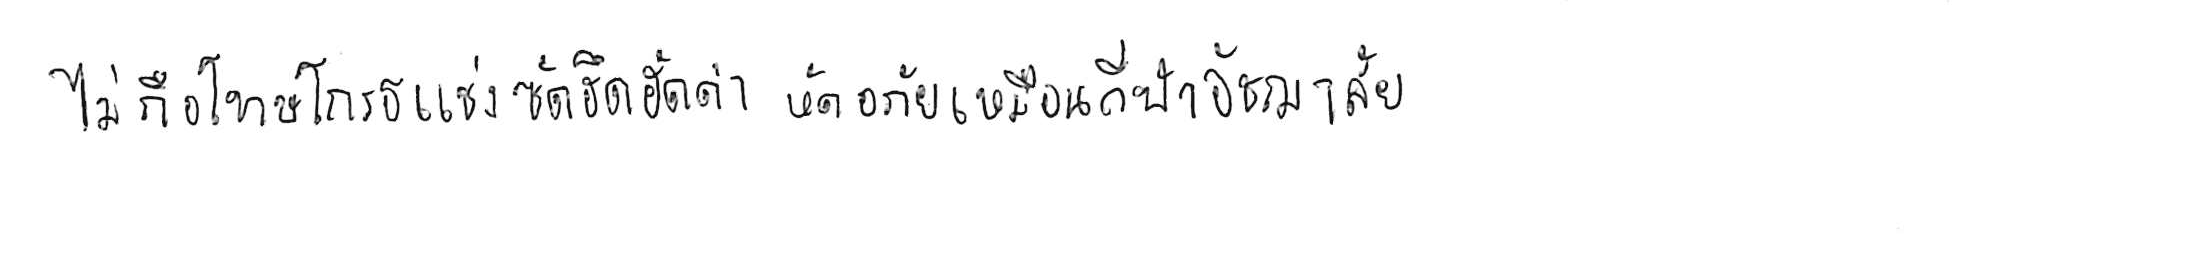
ไม่ถือโทษโกรธแช่งซัดฮึดฮัดด่า หัดอภัยเหมือนกีฬาอัชฌาสัย